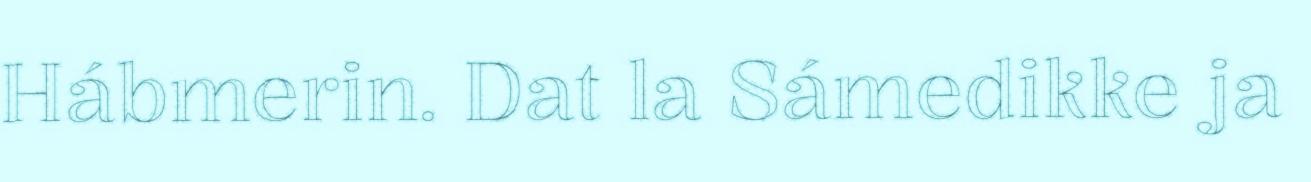
Hábmerin. Dat la Sámedikke ja